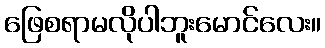
ဖြေစရာမလိုပါဘူးမောင်လေး။